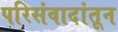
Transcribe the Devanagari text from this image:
परिसंवादांतून